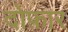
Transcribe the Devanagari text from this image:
दोफ़ार